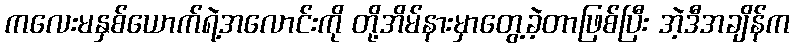
ကလေးမနှစ်ယောက်ရဲ့အလောင်းကို တို့အိမ်နားမှာတွေ့ခဲ့တာဖြစ်ပြီး အဲ့ဒီအချိန်က